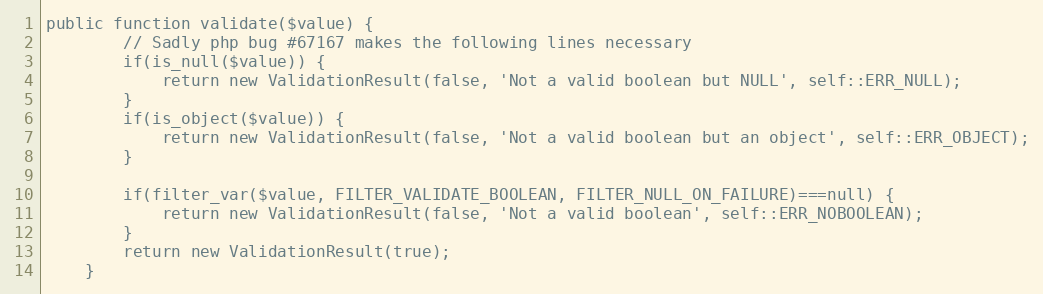
Language: PHP
public function validate($value) {
        // Sadly php bug #67167 makes the following lines necessary
        if(is_null($value)) {
            return new ValidationResult(false, 'Not a valid boolean but NULL', self::ERR_NULL);
        }
        if(is_object($value)) {
            return new ValidationResult(false, 'Not a valid boolean but an object', self::ERR_OBJECT);
        }

        if(filter_var($value, FILTER_VALIDATE_BOOLEAN, FILTER_NULL_ON_FAILURE)===null) {
            return new ValidationResult(false, 'Not a valid boolean', self::ERR_NOBOOLEAN);
        }
        return new ValidationResult(true);
    }